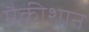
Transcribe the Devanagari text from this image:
मैकीशान